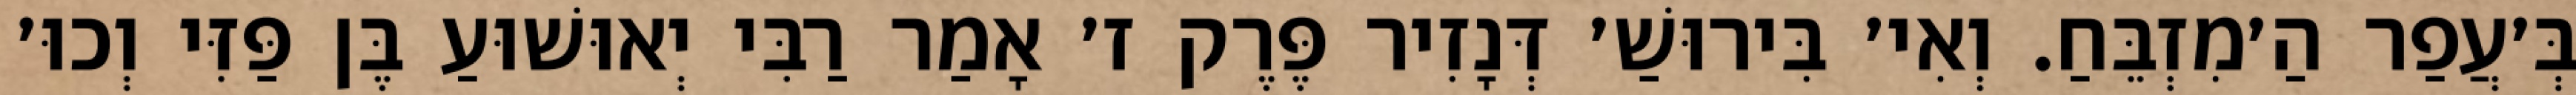
בְּ׳עֲפַר הַ׳מִזְבֵּחַ. וְאִי׳ בִּירוּשַׁ׳ דְּנָזִיר פֶּרֶק ז׳ אָמַר רַבִּי יְאוּשׁוּעַ בֶּן פַּזִּי וְכוּ׳